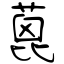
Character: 蓖